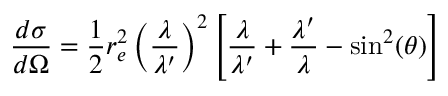
{ \frac { d \sigma } { d \Omega } } = { \frac { 1 } { 2 } } r _ { e } ^ { 2 } \left( { \frac { \lambda } { \lambda ^ { \prime } } } \right) ^ { 2 } \left[ { \frac { \lambda } { \lambda ^ { \prime } } } + { \frac { \lambda ^ { \prime } } { \lambda } } - \sin ^ { 2 } ( \theta ) \right]